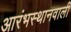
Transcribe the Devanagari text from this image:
आरंभस्थानवाली